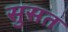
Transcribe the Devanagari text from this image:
सुसत